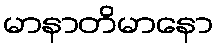
မာနာတိမာနော